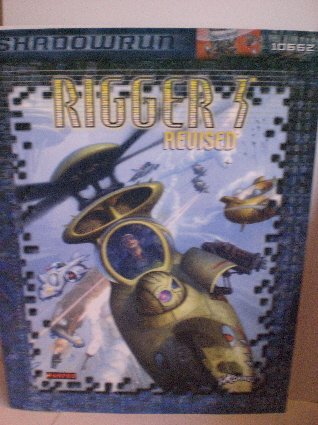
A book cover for Rigger 3 (Shadowrun RPG); FanPro; Science Fiction & Fantasy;